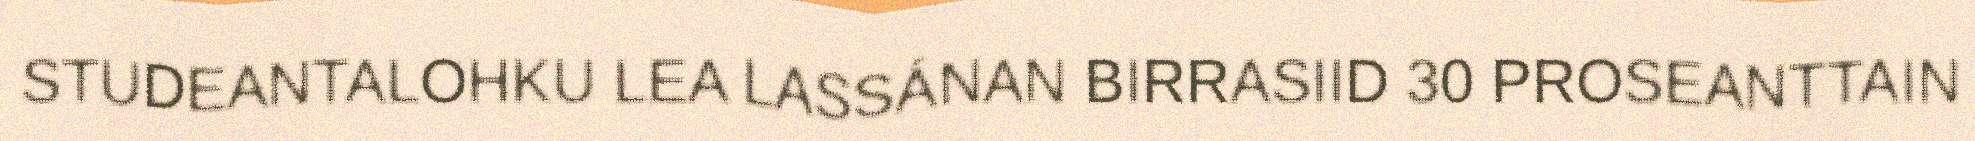
STUDEANTALOHKU LEA LASSÁNAN BIRRASIID 30 PROSEANTTAIN